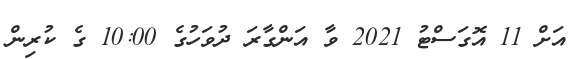
އަށް 11 އޮގަސްޓު 2021 ވާ އަންގާރަ ދުވަހުގެ 10:00 ގެ ކުރިން